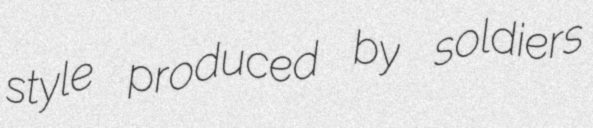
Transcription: style produced by soldiers